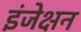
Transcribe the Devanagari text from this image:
इंजेक्षन